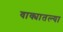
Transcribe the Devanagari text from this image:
वाक्यातल्या